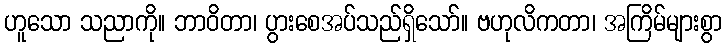
ဟူသော သညာကို။ ဘာဝိတာ၊ ပွားစေအပ်သည်ရှိသော်။ ဗဟုလိကတာ၊ အကြိမ်များစွာ